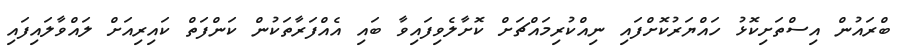
ބްރައުން އިސްތަށިކޮޅު ހައްޔަރުކޮށްފައި ނިއްކުރިމައްޗަށް ކޮށާލެވިފައިވާ ބައި އެއްފަރާތަކުން ކަންފަތް ކައިރިއަށް ލައްވާލައިފައި